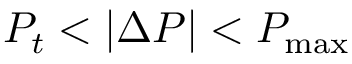
P _ { t } < | \Delta P | < P _ { \operatorname* { m a x } }